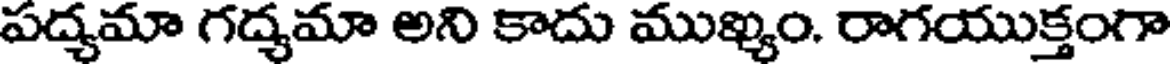
పద్యమా గద్యమా అని కాదు ముఖ్యం. రాగయుక్తంగా